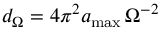
d _ { \Omega } = 4 \pi ^ { 2 } a _ { \mathrm { m a x } } \, \Omega ^ { - 2 }